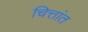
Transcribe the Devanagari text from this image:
चित्तांत